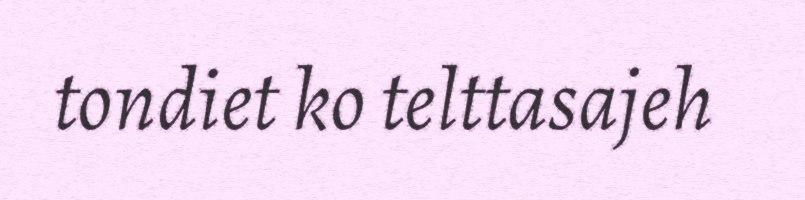
tondiet ko telttasajeh